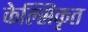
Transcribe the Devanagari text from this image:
केल्सिकृत